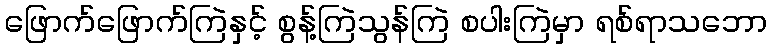
ဖြောက်ဖြောက်ကြဲနှင့် စွန့်ကြဲသွန်ကြဲ စပါးကြဲမှာ ရစ်ရာသဘော